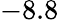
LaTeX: -8.8